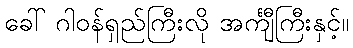
ခေါ် ဂါဝန်ရှည်ကြီးလို အင်္ကျီကြီးနှင့်။